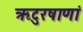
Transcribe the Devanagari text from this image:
ऋटुरषाणां